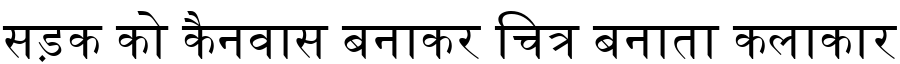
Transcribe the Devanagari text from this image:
सड़क को कैनवास बनाकर चित्र बनाता कलाकार